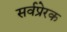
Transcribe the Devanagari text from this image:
सर्वप्रेरक